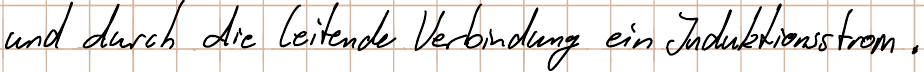
und durch die leitende Verbindung ein Induktionsstrom.